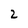
Character: 2